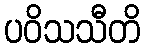
ပဝိသသီတိ